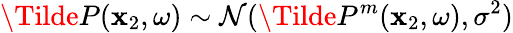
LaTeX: \Tilde{P}(\mathbf{x}_{2},\omega)\sim\mathcal{{N}}(\Tilde{P}^{m}(\mathbf{x}_{2},\omega),\sigma^{2})